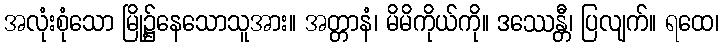
အလုံးစုံသော မြို့၌နေသောသူအား။ အတ္တာနံ၊ မိမိကိုယ်ကို။ ဒဿေန္တီ၊ ပြလျက်။ ရထေ၊